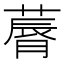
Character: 䔚